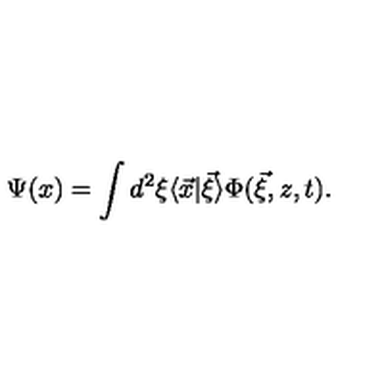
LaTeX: \Psi ( x ) = \int d ^ { 2 } \xi \langle \vec { x } | \vec { \xi } \rangle \Phi ( \vec { \xi } , z , t ) .